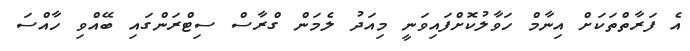
އެ ފަރާތްތަކަށް އިނާމް ހަވާލުކޮށްފައިވަނީ މިއަދު ލެމަން ގްރާސް ސިޓްރަންގައި ބޭއްވި ހާއްސަ